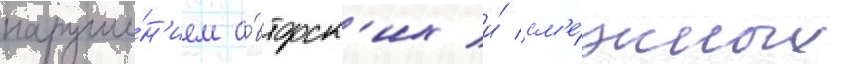
наруше́н'ием а́вторск'их и́ см'е́жных